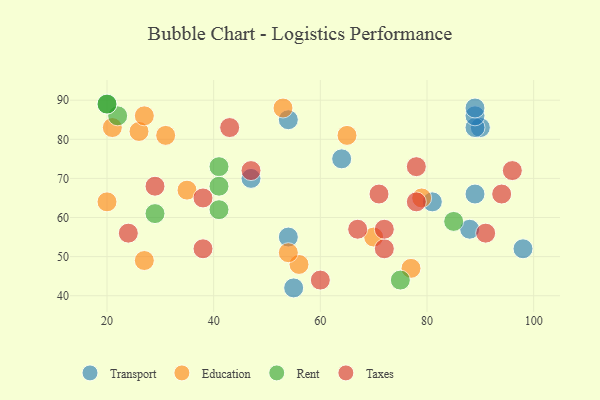
{"axis": {"x": "GDP", "y": "Life Expectancy"}, "legend": ["Education", "Rent", "Taxes", "Transport"], "data": [{"x": "54", "y": 85, "type": "Transport"}, {"x": "54", "y": 55, "type": "Transport"}, {"x": "88", "y": 57, "type": "Transport"}, {"x": "64", "y": 75, "type": "Transport"}, {"x": "47", "y": 70, "type": "Transport"}, {"x": "90", "y": 83, "type": "Transport"}, {"x": "89", "y": 83, "type": "Transport"}, {"x": "89", "y": 86, "type": "Transport"}, {"x": "98", "y": 52, "type": "Transport"}, {"x": "55", "y": 42, "type": "Transport"}, {"x": "89", "y": 88, "type": "Transport"}, {"x": "81", "y": 64, "type": "Transport"}, {"x": "89", "y": 66, "type": "Transport"}, {"x": "20", "y": 64, "type": "Education"}, {"x": "56", "y": 48, "type": "Education"}, {"x": "79", "y": 65, "type": "Education"}, {"x": "35", "y": 67, "type": "Education"}, {"x": "26", "y": 82, "type": "Education"}, {"x": "70", "y": 55, "type": "Education"}, {"x": "31", "y": 81, "type": "Education"}, {"x": "21", "y": 83, "type": "Education"}, {"x": "77", "y": 47, "type": "Education"}, {"x": "27", "y": 86, "type": "Education"}, {"x": "65", "y": 81, "type": "Education"}, {"x": "27", "y": 49, "type": "Education"}, {"x": "53", "y": 88, "type": "Education"}, {"x": "54", "y": 51, "type": "Education"}, {"x": "75", "y": 44, "type": "Rent"}, {"x": "29", "y": 61, "type": "Rent"}, {"x": "22", "y": 86, "type": "Rent"}, {"x": "20", "y": 89, "type": "Rent"}, {"x": "41", "y": 73, "type": "Rent"}, {"x": "41", "y": 62, "type": "Rent"}, {"x": "41", "y": 68, "type": "Rent"}, {"x": "85", "y": 59, "type": "Rent"}, {"x": "20", "y": 89, "type": "Rent"}, {"x": "78", "y": 73, "type": "Taxes"}, {"x": "67", "y": 57, "type": "Taxes"}, {"x": "72", "y": 52, "type": "Taxes"}, {"x": "91", "y": 56, "type": "Taxes"}, {"x": "47", "y": 72, "type": "Taxes"}, {"x": "94", "y": 66, "type": "Taxes"}, {"x": "72", "y": 57, "type": "Taxes"}, {"x": "29", "y": 68, "type": "Taxes"}, {"x": "71", "y": 66, "type": "Taxes"}, {"x": "38", "y": 65, "type": "Taxes"}, {"x": "38", "y": 52, "type": "Taxes"}, {"x": "43", "y": 83, "type": "Taxes"}, {"x": "96", "y": 72, "type": "Taxes"}, {"x": "24", "y": 56, "type": "Taxes"}, {"x": "78", "y": 64, "type": "Taxes"}, {"x": "60", "y": 44, "type": "Taxes"}]}